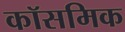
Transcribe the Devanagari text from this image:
कॉसमिक